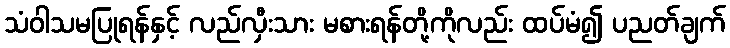
သံဝါသမပြုရန်နှင့် လည်လှီးသား မစားရန်တို့ကိုလည်း ထပ်မံ၍ ပညတ်ချက်